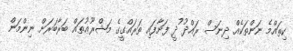
ކިތައްމެ ނަންތަކެއް ދިނަސް ރައްދު ުދީ ފަށާފައި ތަރައްގީގެ މަޝްރޫޢުތައް ބަރާބަރަށް ނިންމަން